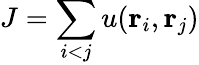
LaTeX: J=\sum_{i<j}u({\mathbf r}_{i},{\mathbf r}_{j})